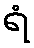
ရံ